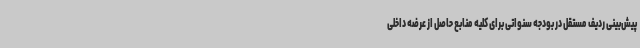
پیش‌بینی ردیف مستقل در بودجه سنواتی برای کلیه منابع حاصل از عرضه داخلی